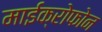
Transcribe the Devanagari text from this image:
माईक्रोफोन